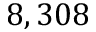
8 , 3 0 8